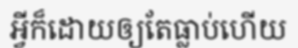
អ្វីក៏ដោយឲ្យតែធ្លាប់ហើយ